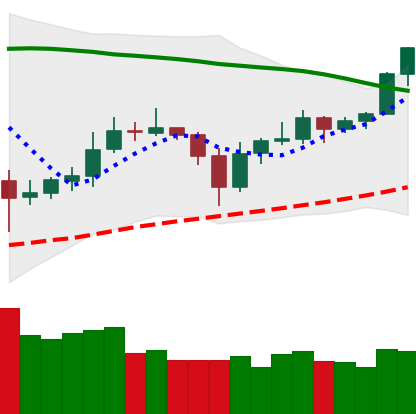
Ticker: ETC-USD
Chart end date: 2020-05-30
Forward return: -7.461%
Label: down_7plus